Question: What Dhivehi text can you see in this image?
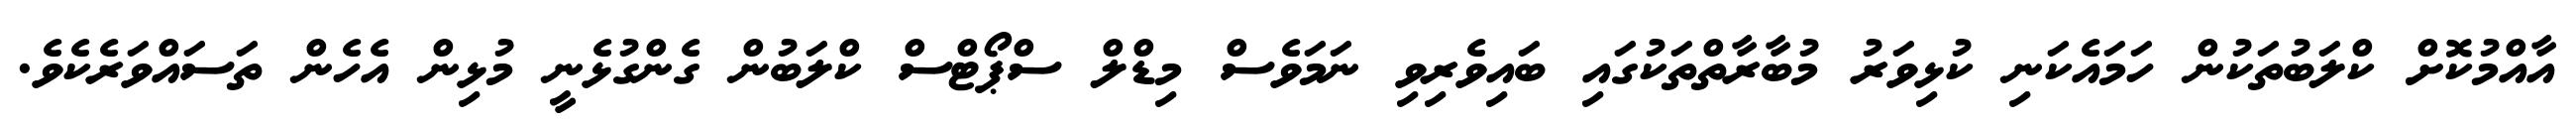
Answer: އާއްމުކޮށް ކްލަބުތަކުން ހަމައެކަނި ކުޅިވަރު މުބާރާތްތަކުގައި ބައިވެރިވި ނަމަވެސް މިޑްލް ސްޕޯޓްސް ކްލަބުން ގެންގުޅެނީ މުޅިން އެހެން ތަސައްވަރެކެވެ.